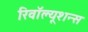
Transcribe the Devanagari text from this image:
रिवॉल्यूशन्स